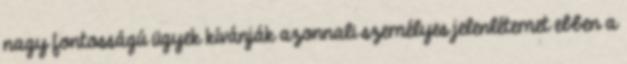
nagy fontosságú ügyek kívánják azonnali személyes jelenlétemet ebben a